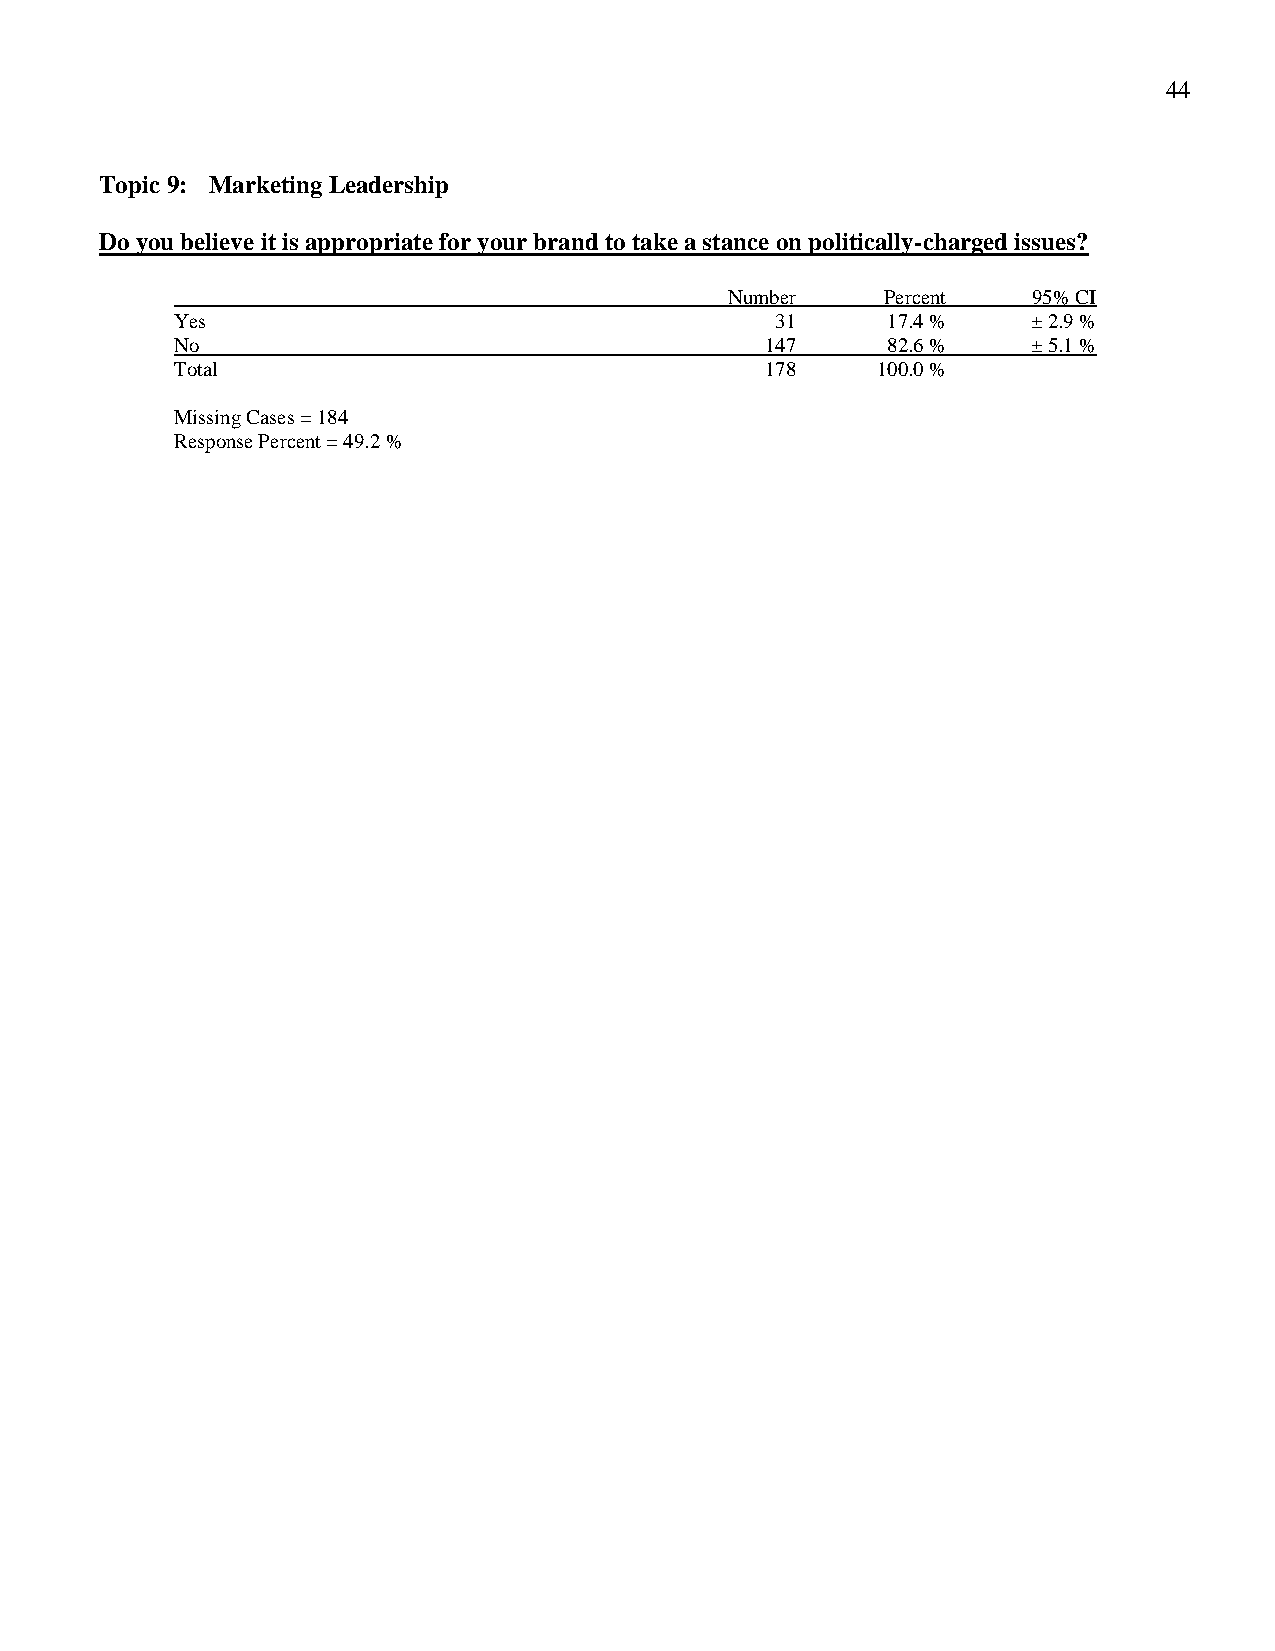
44
 Topic 9: Marketing Leadership
 Do you believe it is appropriate for your brand to take a stance on politically-charged issues?
 Number     Percent  95% CI
 Yes                                    31      17.4 %   ± 2.9 %
 No                                     147     82.6 %   ± 5.1 %
 Total                                  178    100.0 %
 Missing Cases = 184
 Response Percent = 49.2 %